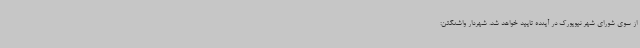
از سوی شورای شهر نیویورک در آینده تایید خواهد شد. شهردار واشنگتن: